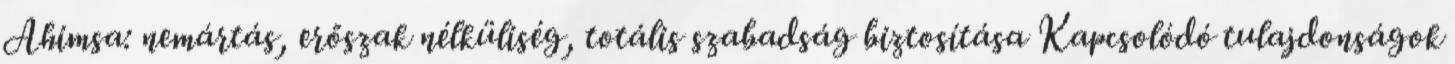
Ahimsa: nemártás, erőszak nélküliség, totális szabadság biztosítása Kapcsolódó tulajdonságok